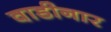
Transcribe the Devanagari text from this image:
वाडीनार